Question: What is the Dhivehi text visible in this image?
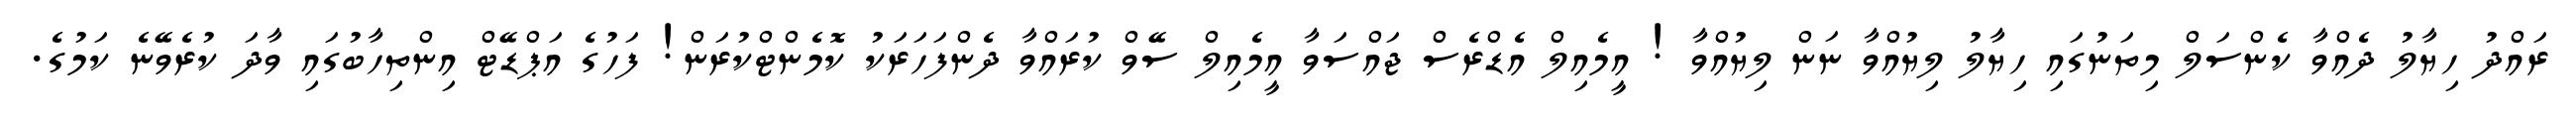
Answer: ރައްދު ހިޔާލު ދެއްވާ ކެންސަލް މިތަނުގައި ހިޔާލު ލިޔުއްވާ ނަން ލިޔުއްވާ ! އީމެއިލް އެޑްރެސް ޖައްސަވާ އީމެއިލް ސޭވް ކުރައްވާ ދެންފަހަރަކު ކޮމެންޓްކުރަން! ފަހުގެ އަޕްޑޭޓް އިންތިހާބުގައި ވާދަ ކުރެވޭނެ ކަމުގެ.